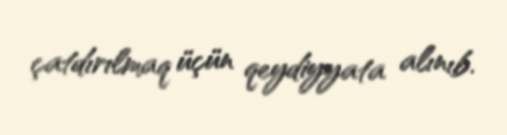
çatdırılmaq üçün qeydiyyata alınıb.